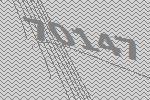
70147